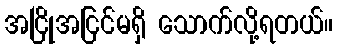
အငြိုအငြင်မရှိ သောက်လို့ရတယ်။